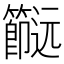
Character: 𨙌